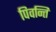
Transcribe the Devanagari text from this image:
पिवन्ति